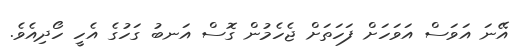
އޭނަ އަވަސް އަވަހަށް ފަހަތަށް ޖެހެމުން ގޮސް އަނބު ގަހުގެ އެހީ ހޯދިއެވެ.